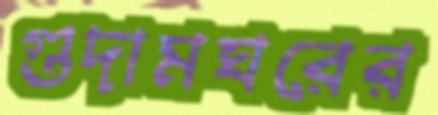
গুদামঘরের